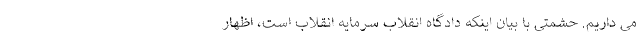
می داریم. حشمتی با بیان اینکه دادگاه انقلاب سرمایه انقلاب است، اظهار